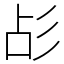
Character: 㣌